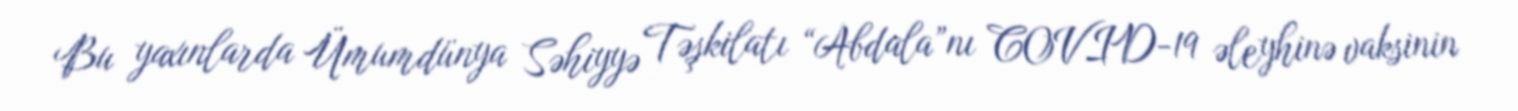
Bu yaxınlarda Ümumdünya Səhiyyə Təşkilatı “Abdala”nı COVID-19 əleyhinə vaksinin